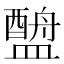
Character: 𬐶